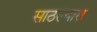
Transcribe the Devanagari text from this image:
साठल्यास